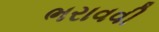
ભરાવવી